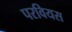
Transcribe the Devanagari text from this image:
परवियस